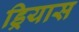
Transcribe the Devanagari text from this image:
ड्रियास